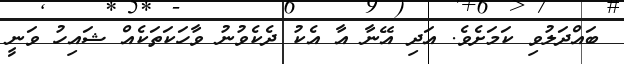
ބައްދަލުވި ކަމަށެވެ. އަދި އޭނާ އާ އެކު ދެކެވުނު ވާހަކަތަކެއް ޝައިހު ވަނީ